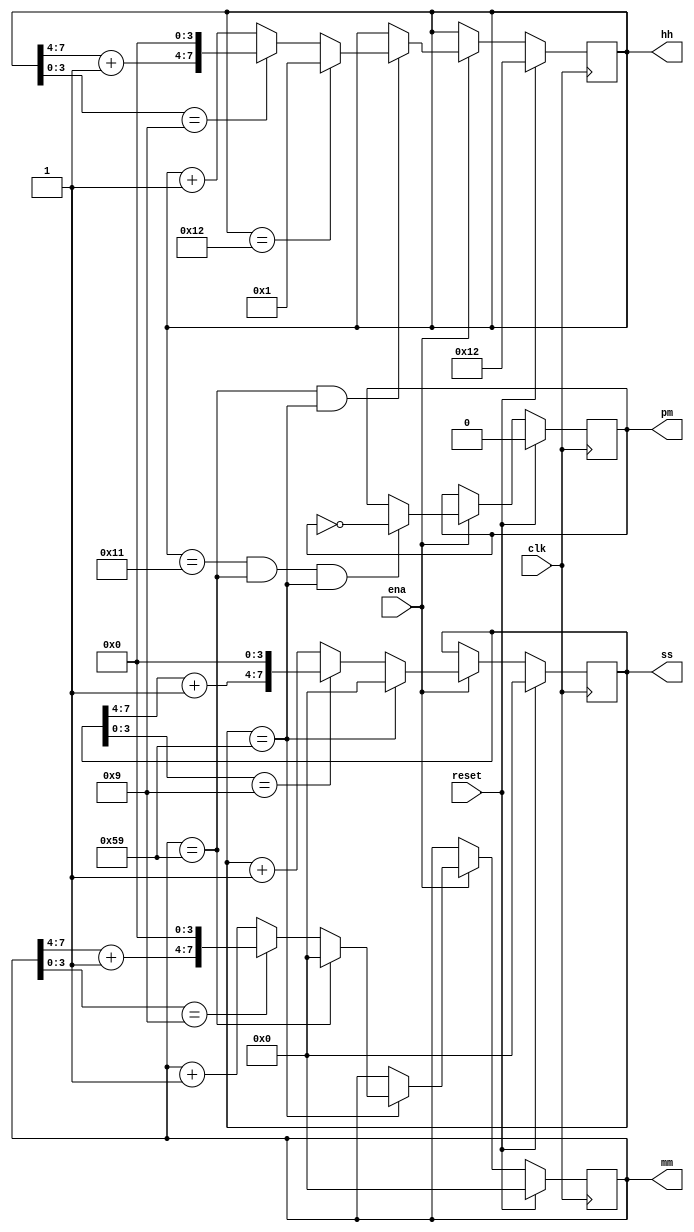
module top_module(
    input clk,
    input reset,
    input ena,
    output pm,
    output [7:0] hh,
    output [7:0] mm,
    output [7:0] ss); 

    always @(posedge clk) begin
        if(reset) begin
           pm <= 0;
           hh <= 8'h12;
           mm <= 8'h00;
           ss <= 8'h00;
        end
        else if	(ena) begin
            hh <=  (mm == 8'h59 && ss == 8'h59) ? (hh==8'h12 ? 1 : (hh[3:0] == 9 ? {hh[7:4]+1, 4'b0000} :hh +1)) : hh;
            mm <= (ss == 8'h59) ? (mm == 8'h59 ? 0 :(mm[3:0] == 9 ? {mm[7:4]+1, 4'b0000} :mm + 1)) : mm;
            ss <= (ss == 8'h59) ? 0 : (ss[3:0] == 9 ? {ss[7:4]+1, 4'b0000} : ss + 1);
            pm <= (hh == 8'h11 && mm == 8'h59 && ss == 8'h59) ? ~pm : pm;
        end
    end
    
endmodule